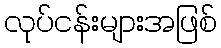
လုပ်ငန်းများအဖြစ်